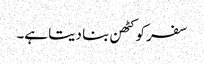
سفر کو کٹھن بنا دیتا ہے۔